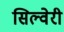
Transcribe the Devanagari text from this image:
सिल्वेरी